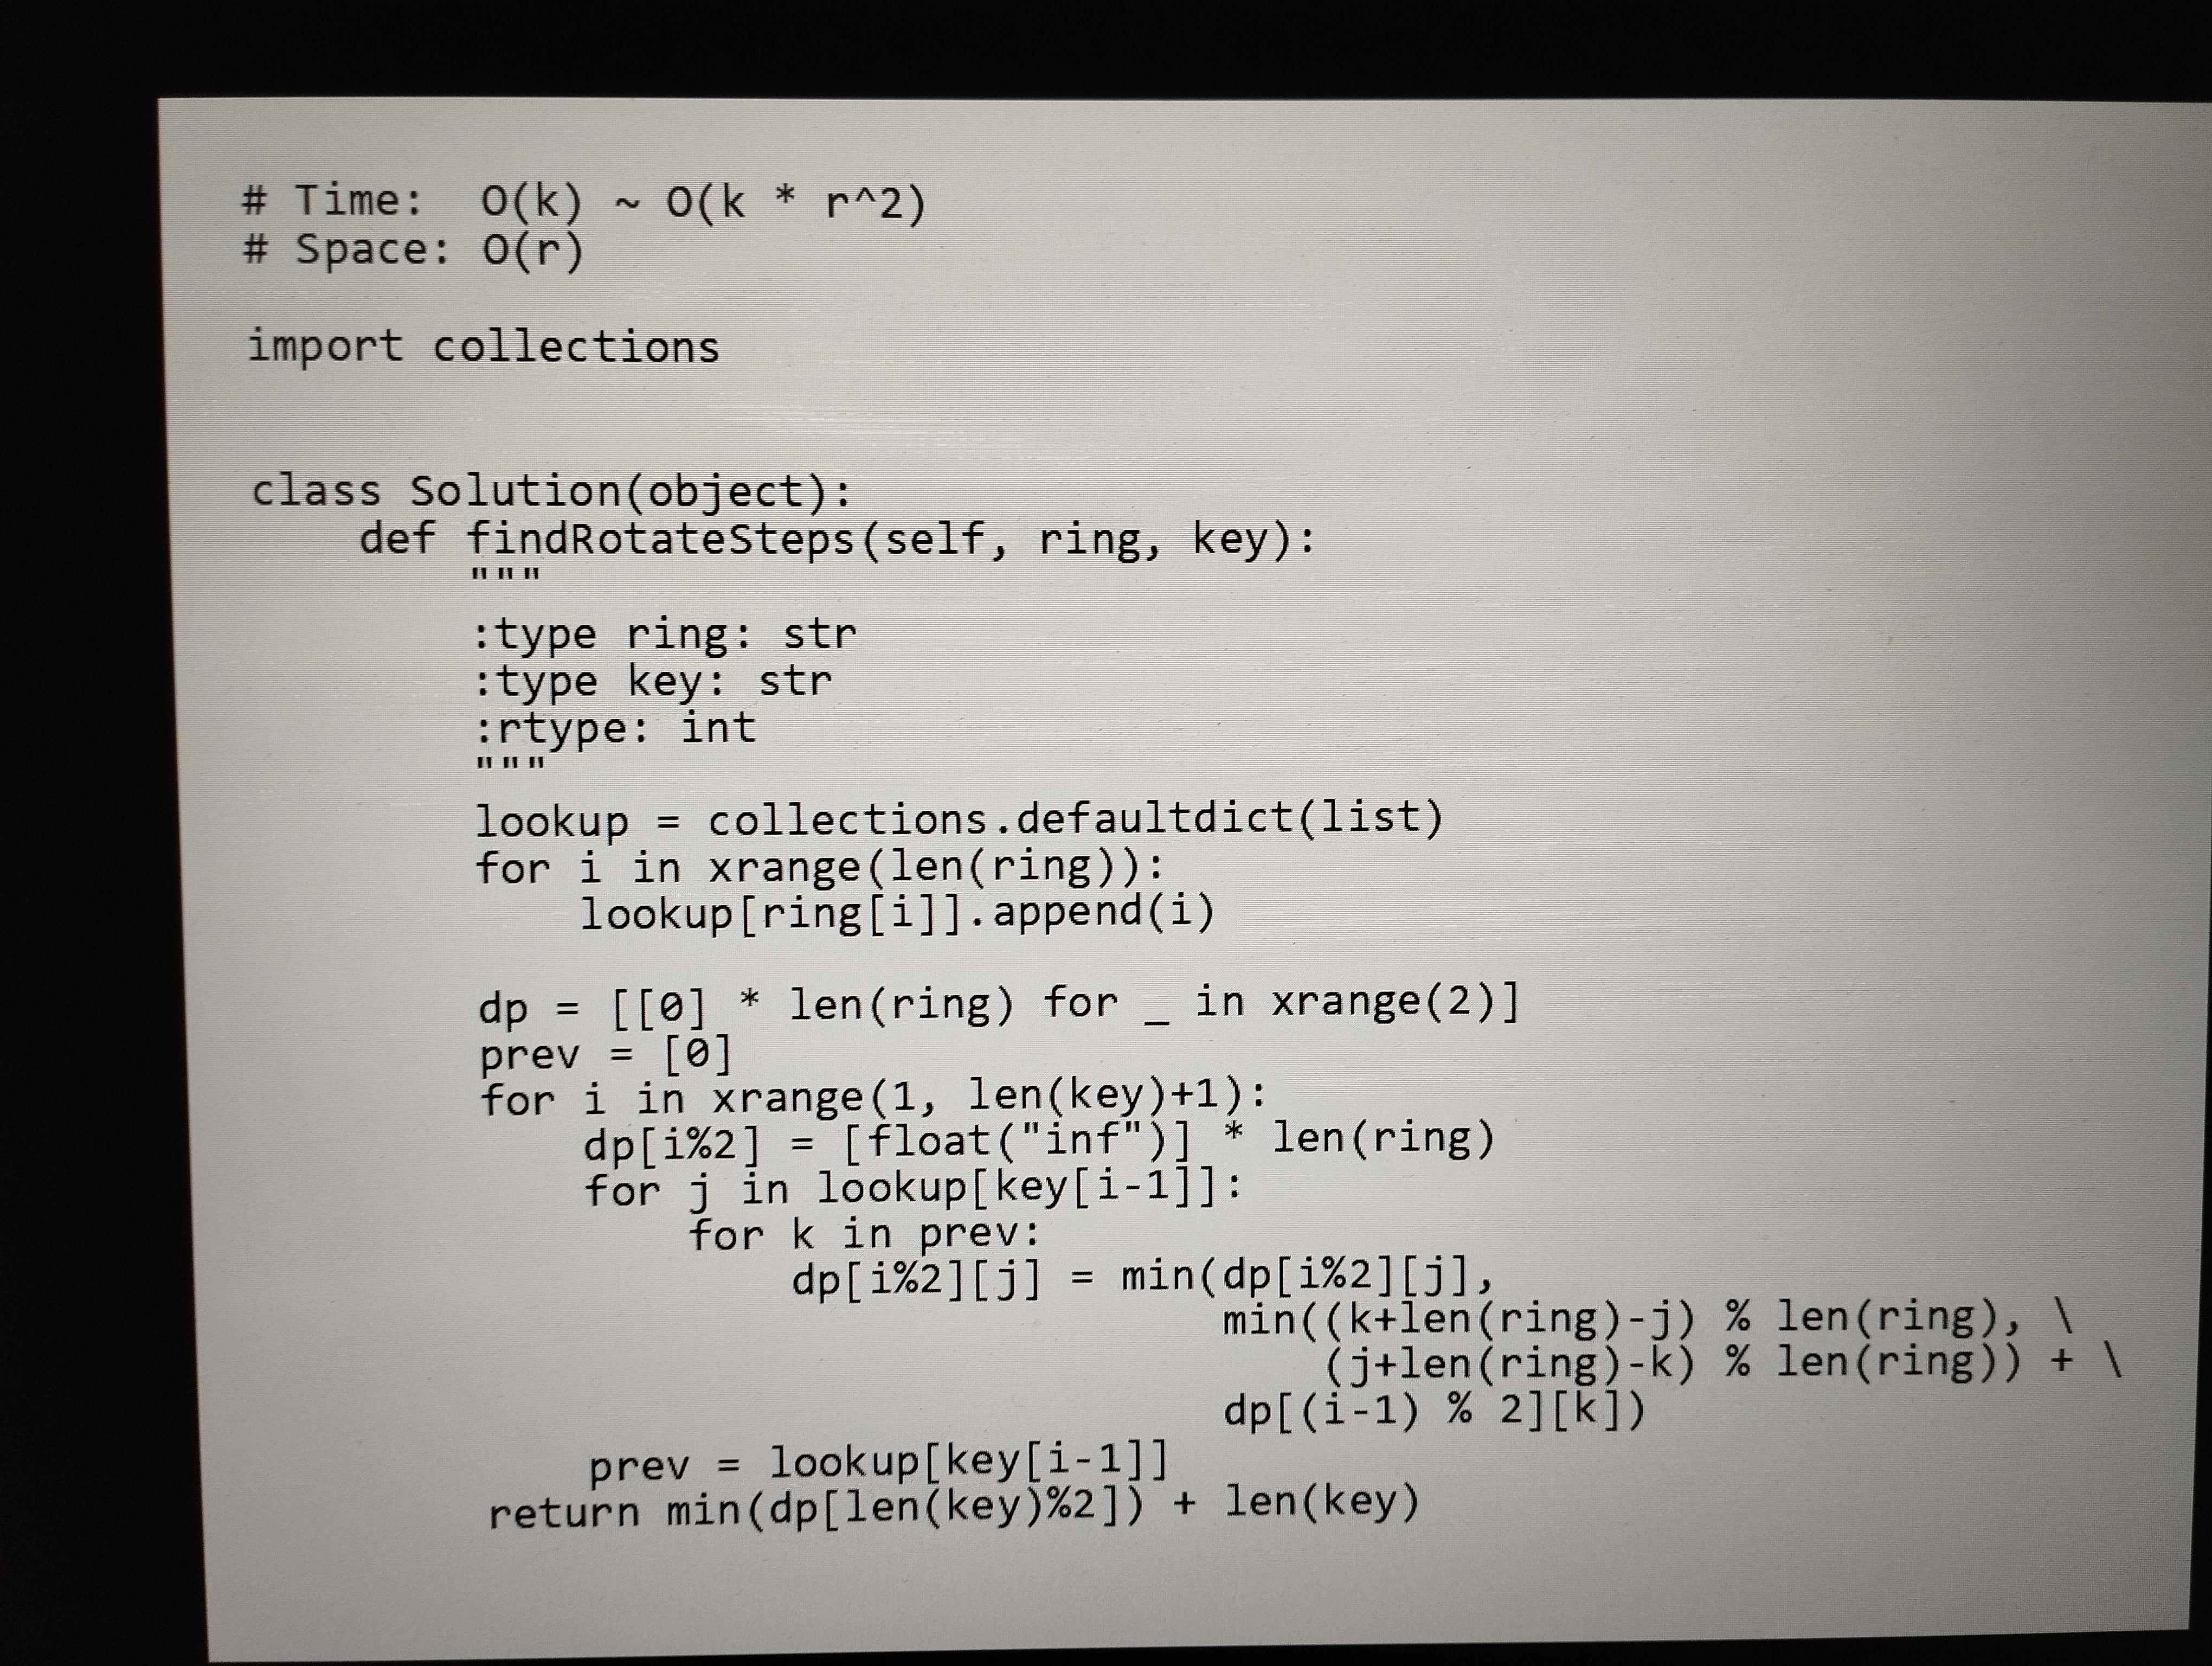
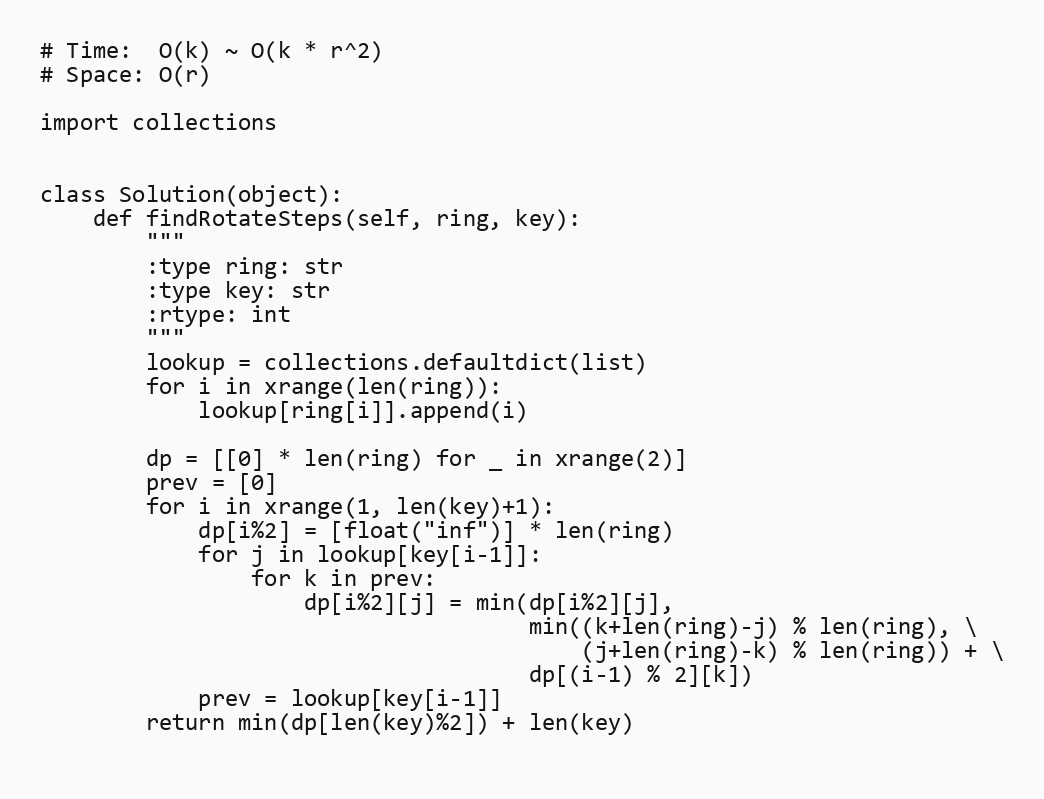
# Time:  O(k) ~ O(k * r^2)
# Space: O(r)

import collections

class Solution(object):
    def findRotateSteps(self, ring, key):
        """
        :type ring: str
        :type key: str
        :rtype: int
        """
        lookup = collections.defaultdict(list)
        for i in xrange(len(ring)):
            lookup[ring[i]].append(i)

        dp = [[0] * len(ring) for _ in xrange(2)]
        prev = [0]
        for i in xrange(1, len(key)+1):
            dp[i%2] = [float("inf")] * len(ring)
            for j in lookup[key[i-1]]:
                for k in prev:
                    dp[i%2][j] = min(dp[i%2][j],
                                     min((k+len(ring)-j) % len(ring), \
                                         (j+len(ring)-k) % len(ring)) + \
                                     dp[(i-1) % 2][k])
            prev = lookup[key[i-1]]
        return min(dp[len(key)%2]) + len(key)